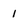
Character: 1